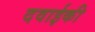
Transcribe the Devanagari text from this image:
दवाईकी